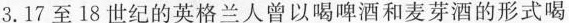
3. 17 至 18 世纪的英格兰人曾以喝啤酒和麦芽酒的形式喝